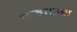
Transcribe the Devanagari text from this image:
कहा।उस